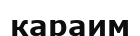
караим